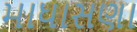
માધાસણા